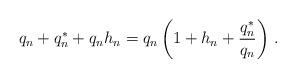
LaTeX: \begin{align*}q_n+q_n^*+q_nh_n=q_n\left(1+h_n+\frac{q_n^*}{q_n}\right)\,.\end{align*}